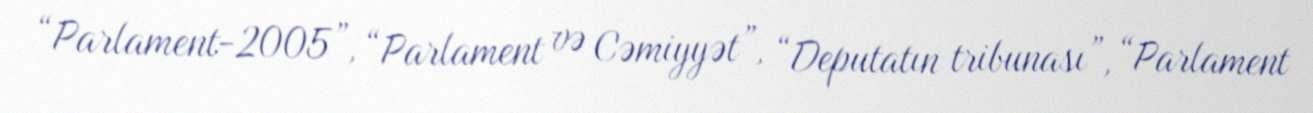
“Parlament-2005”, “Parlament və Cəmiyyət”, “Deputatın tribunası”, “Parlament